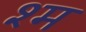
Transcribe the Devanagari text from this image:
श्म